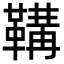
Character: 鞲